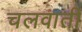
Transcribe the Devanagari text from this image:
चलवाती